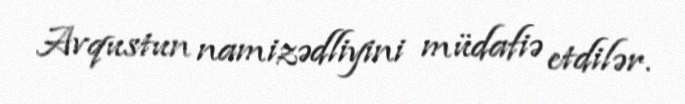
Avqustun namizədliyini müdafiə etdilər.